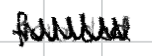
Text: founded
Cross-out: mix
Writing tool: digital_black